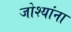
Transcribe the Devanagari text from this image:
जोश्यांना